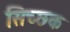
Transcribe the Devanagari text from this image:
सिच्‍छक